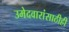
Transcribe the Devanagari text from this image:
उमेदवारांसाठीही